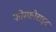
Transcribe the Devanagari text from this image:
फोस्फोराइट